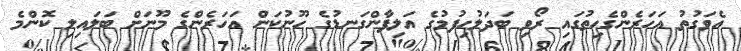
އެވަގުތު އަހަރެންގެހިތުގައި ރޯވި ބަދަލުހިފުމުގެ އަލިފާންގަނޑުގެ ހޫނުކަން އަހަރެންގެ މޫނަށް ބަލައިލި ކޮންމެ